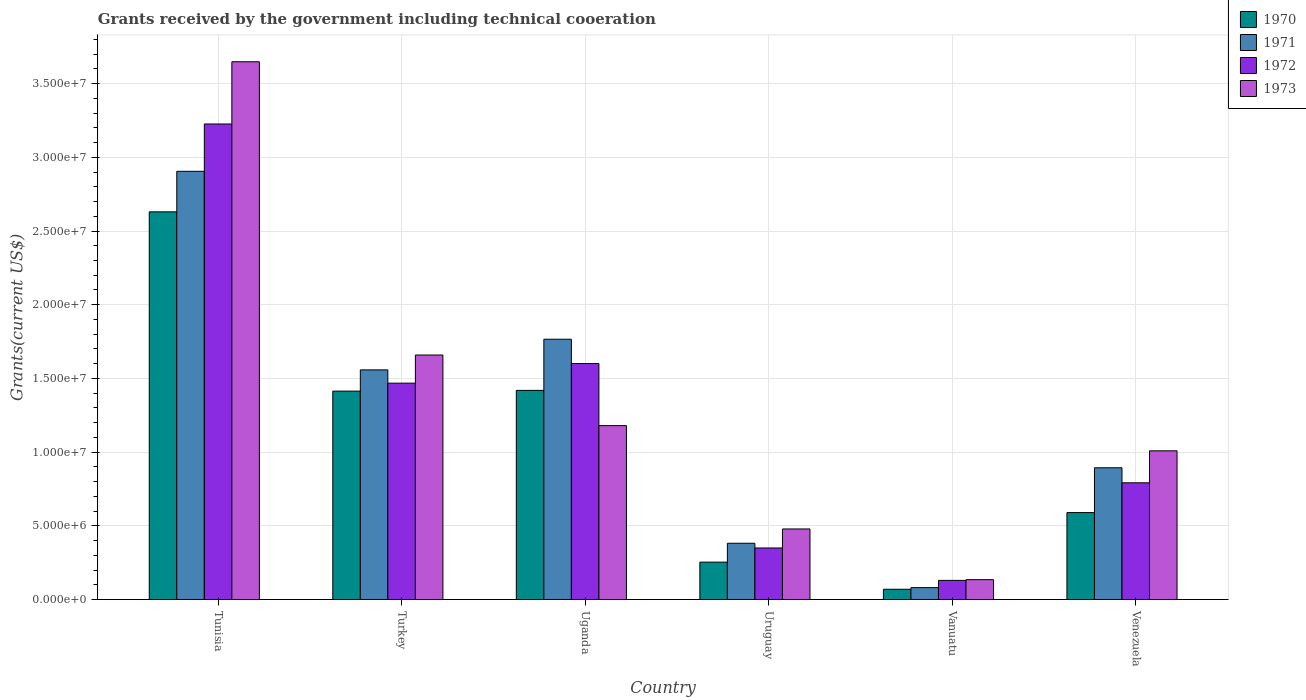
| Country | 1970 | 1971 | 1972 | 1973 |
 | --- | --- | --- | --- | --- |
 | Tunisia | 2.63e+07 | 2.90e+07 | 3.23e+07 | 3.65e+07 |
 | Turkey | 1.41e+07 | 1.56e+07 | 1.47e+07 | 1.66e+07 |
 | Uganda | 1.42e+07 | 1.77e+07 | 1.6e+07 | 1.18e+07 |
 | Uruguay | 2.54e+06 | 3.82e+06 | 3.5e+06 | 4.79e+06 |
 | Vanuatu | 7e+05 | 8.1e+05 | 1.3e+06 | 1.35e+06 |
 | Venezuela | 5.9e+06 | 8.94e+06 | 7.92e+06 | 1.01e+07 |